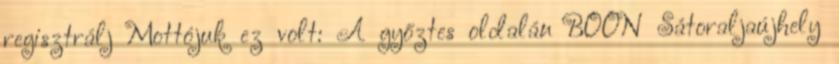
regisztrálj Mottójuk ez volt: A győztes oldalán BOON Sátoraljaújhely